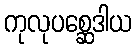
ကုလုပစ္ဆေဒါယ